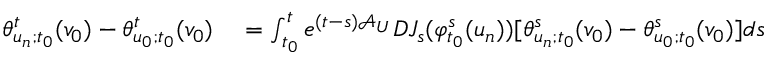
\begin{array} { r l } { \theta _ { u _ { n } ; t _ { 0 } } ^ { t } ( v _ { 0 } ) - \theta _ { u _ { 0 } ; t _ { 0 } } ^ { t } ( v _ { 0 } ) } & { { } = \int _ { t _ { 0 } } ^ { t } e ^ { ( t - s ) \mathcal { A } _ { U } } D J _ { s } ( \varphi _ { t _ { 0 } } ^ { s } ( u _ { n } ) ) [ \theta _ { u _ { n } ; t _ { 0 } } ^ { s } ( v _ { 0 } ) - \theta _ { u _ { 0 } ; t _ { 0 } } ^ { s } ( v _ { 0 } ) ] d s } \end{array}